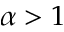
\alpha > 1